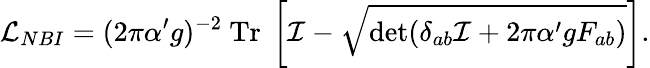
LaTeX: {\cal L}_{NBI}=(2\pi\alpha^{\prime}g)^{-2}~\mathrm{Tr}~\left[{\cal I}-\sqrt{\operatorname*{det}(\delta_{ab}{\cal I}+2\pi\alpha^{\prime}gF_{ab})}\right].